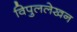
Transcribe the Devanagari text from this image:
विपुललेखन